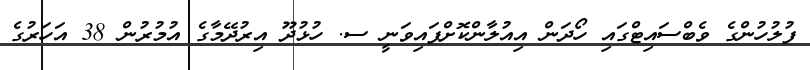
ފުލުހުންގެ ވެބްސައިޓްގައި ހޯދަން އިއުލާންކޮށްފައިވަނީ ސ. ހުޅުދޫ އިރުދޭމާގެ އުމުރުން 38 އަހަރުގެ